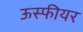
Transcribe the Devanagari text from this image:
ऊस्फीयर